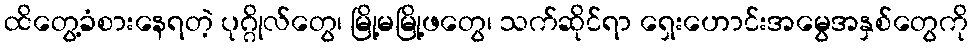
ထိတွေ့ခံစားနေရတဲ့ ပုဂ္ဂိုလ်တွေ၊ မြို့မမြို့ဖတွေ၊ သက်ဆိုင်ရာ ရှေးဟောင်းအမွေအနှစ်တွေကို